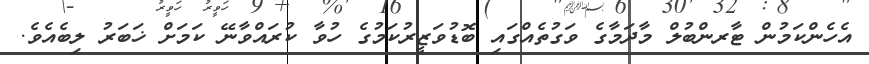
އެހެންކަމުން ޓާރންބުލް މާދަމާގެ ވަގުތެއްގައި ބޮޑުވަޒީރުކަމުގެ ހުވާ ކުރައްވާނޭ ކަމަށް ޚަބަރު ލިބެއެވެ.